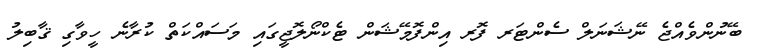
ބޭނުންވެއްޖެ ނޭޝަނަލް ސެންޓަރ ފޮރ އިންފޮމޭޝަން ޓެކްނޯލޮޖީގައި މަސައްކަތް ކުރާނެ ހީވާގި ޤާބިލު